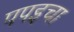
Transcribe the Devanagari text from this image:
पपइचा